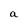
Character: a